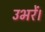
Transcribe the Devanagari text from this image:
उभरें।